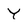
Character: Y